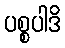
ပစ္စပါဒိ